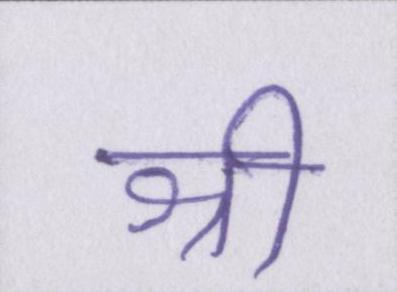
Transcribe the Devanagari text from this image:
श्री